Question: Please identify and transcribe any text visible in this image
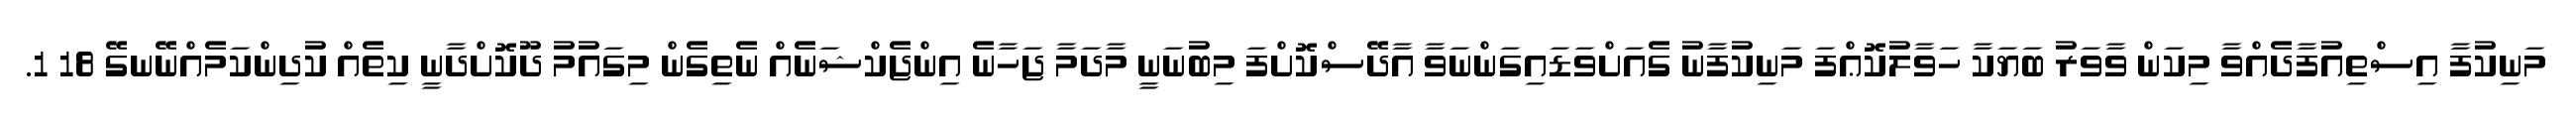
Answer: މަނިކުފާ އިސްތިއުފާދެއްވާ މިކަން ވާވަރު ބަޔަކާ ހަވާލުކޮޢްފަ މަނިކުފާނު ގެއަށްވަޑައިގަންނަވާ އާދޭސްކޮށްފަ މިބުނަނީ މާދަމާ ޖަހާނެ އިންޖެކްޝަނެއް ނެތިގެން މިގައުމު ދޫކޮށްދާނީ ކިތެއް ކުދިންކަމެއްނޭނގޭ 18 1.